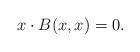
LaTeX: \begin{align*} x \cdot B(x,x) = 0. \end{align*}